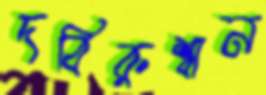
দবিরুশ্বান